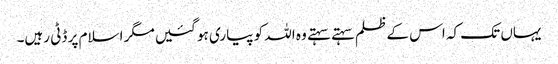
یہاں تک کہ اس کے ظلم سہتے سہتے وہ اللہ کو پیاری ہو گئیں مگر اسلام پر ڈٹی رہیں۔